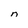
Character: n